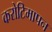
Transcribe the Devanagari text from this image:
करोटिमापन